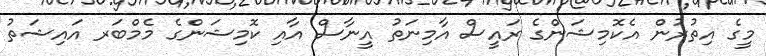
މީގެ އިތުރުން އެކޮމިޝަންގެ ރައީސް އާމިނަތު އީނާސް އާއި ކޮމިޝަންގެ މެމްބަރ އައިޝަތު